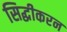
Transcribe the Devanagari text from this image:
सिद्धीकरन